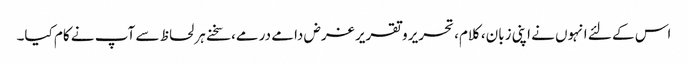
اس کے لئے انہوں نے اپنی زبان، کلام، تحریر و تقریر غرض دامے درمے، سخنے ہر لحاظ سے آپ نے کام کیا۔